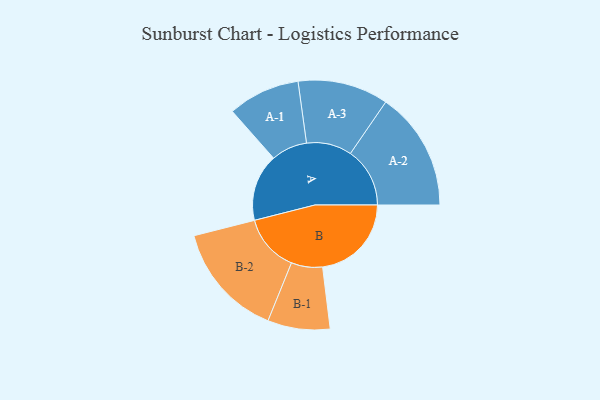
{"axis": {"x": "Segment", "y": "Value"}, "legend": ["", "A", "B"], "data": [{"x": "A", "y": 304, "type": ""}, {"x": "B", "y": 402, "type": ""}, {"x": "A-1", "y": 163, "type": "A"}, {"x": "A-2", "y": 269, "type": "A"}, {"x": "A-3", "y": 205, "type": "A"}, {"x": "B-1", "y": 141, "type": "B"}, {"x": "B-2", "y": 260, "type": "B"}]}